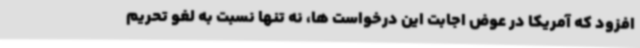
افزود که آمریکا در عوض اجابت این درخواست ها، نه تنها نسبت به لغو تحریم